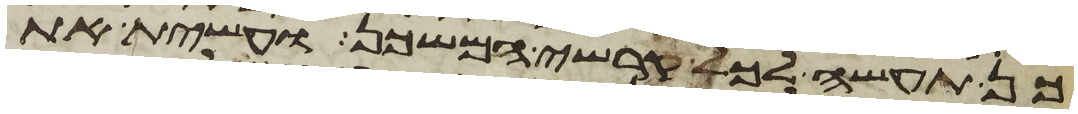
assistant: כן תעשה לכל קרשי המשכן ועשית את